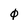
Character: 0